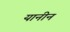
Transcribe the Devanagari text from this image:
यानीन